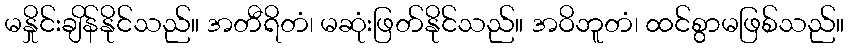
မနှိုင်းချိန်နိုင်သည်။ အတီရိတံ၊ မဆုံးဖြတ်နိုင်သည်။ အဝိဘူတံ၊ ထင်စွာမဖြစ်သည်။